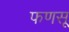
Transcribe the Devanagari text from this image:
फणसू